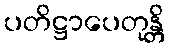
ပတိဋ္ဌာပေတုန္တိ